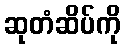
ဆုတံဆိပ်ကို